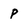
Character: p